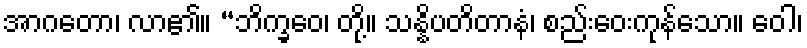
အာဂတော၊ လာ၏။ “ဘိက္ခဝေ၊ တို့။ သန္နိပတိတာနံ၊ စည်းဝေးကုန်သော။ ဝေါ၊